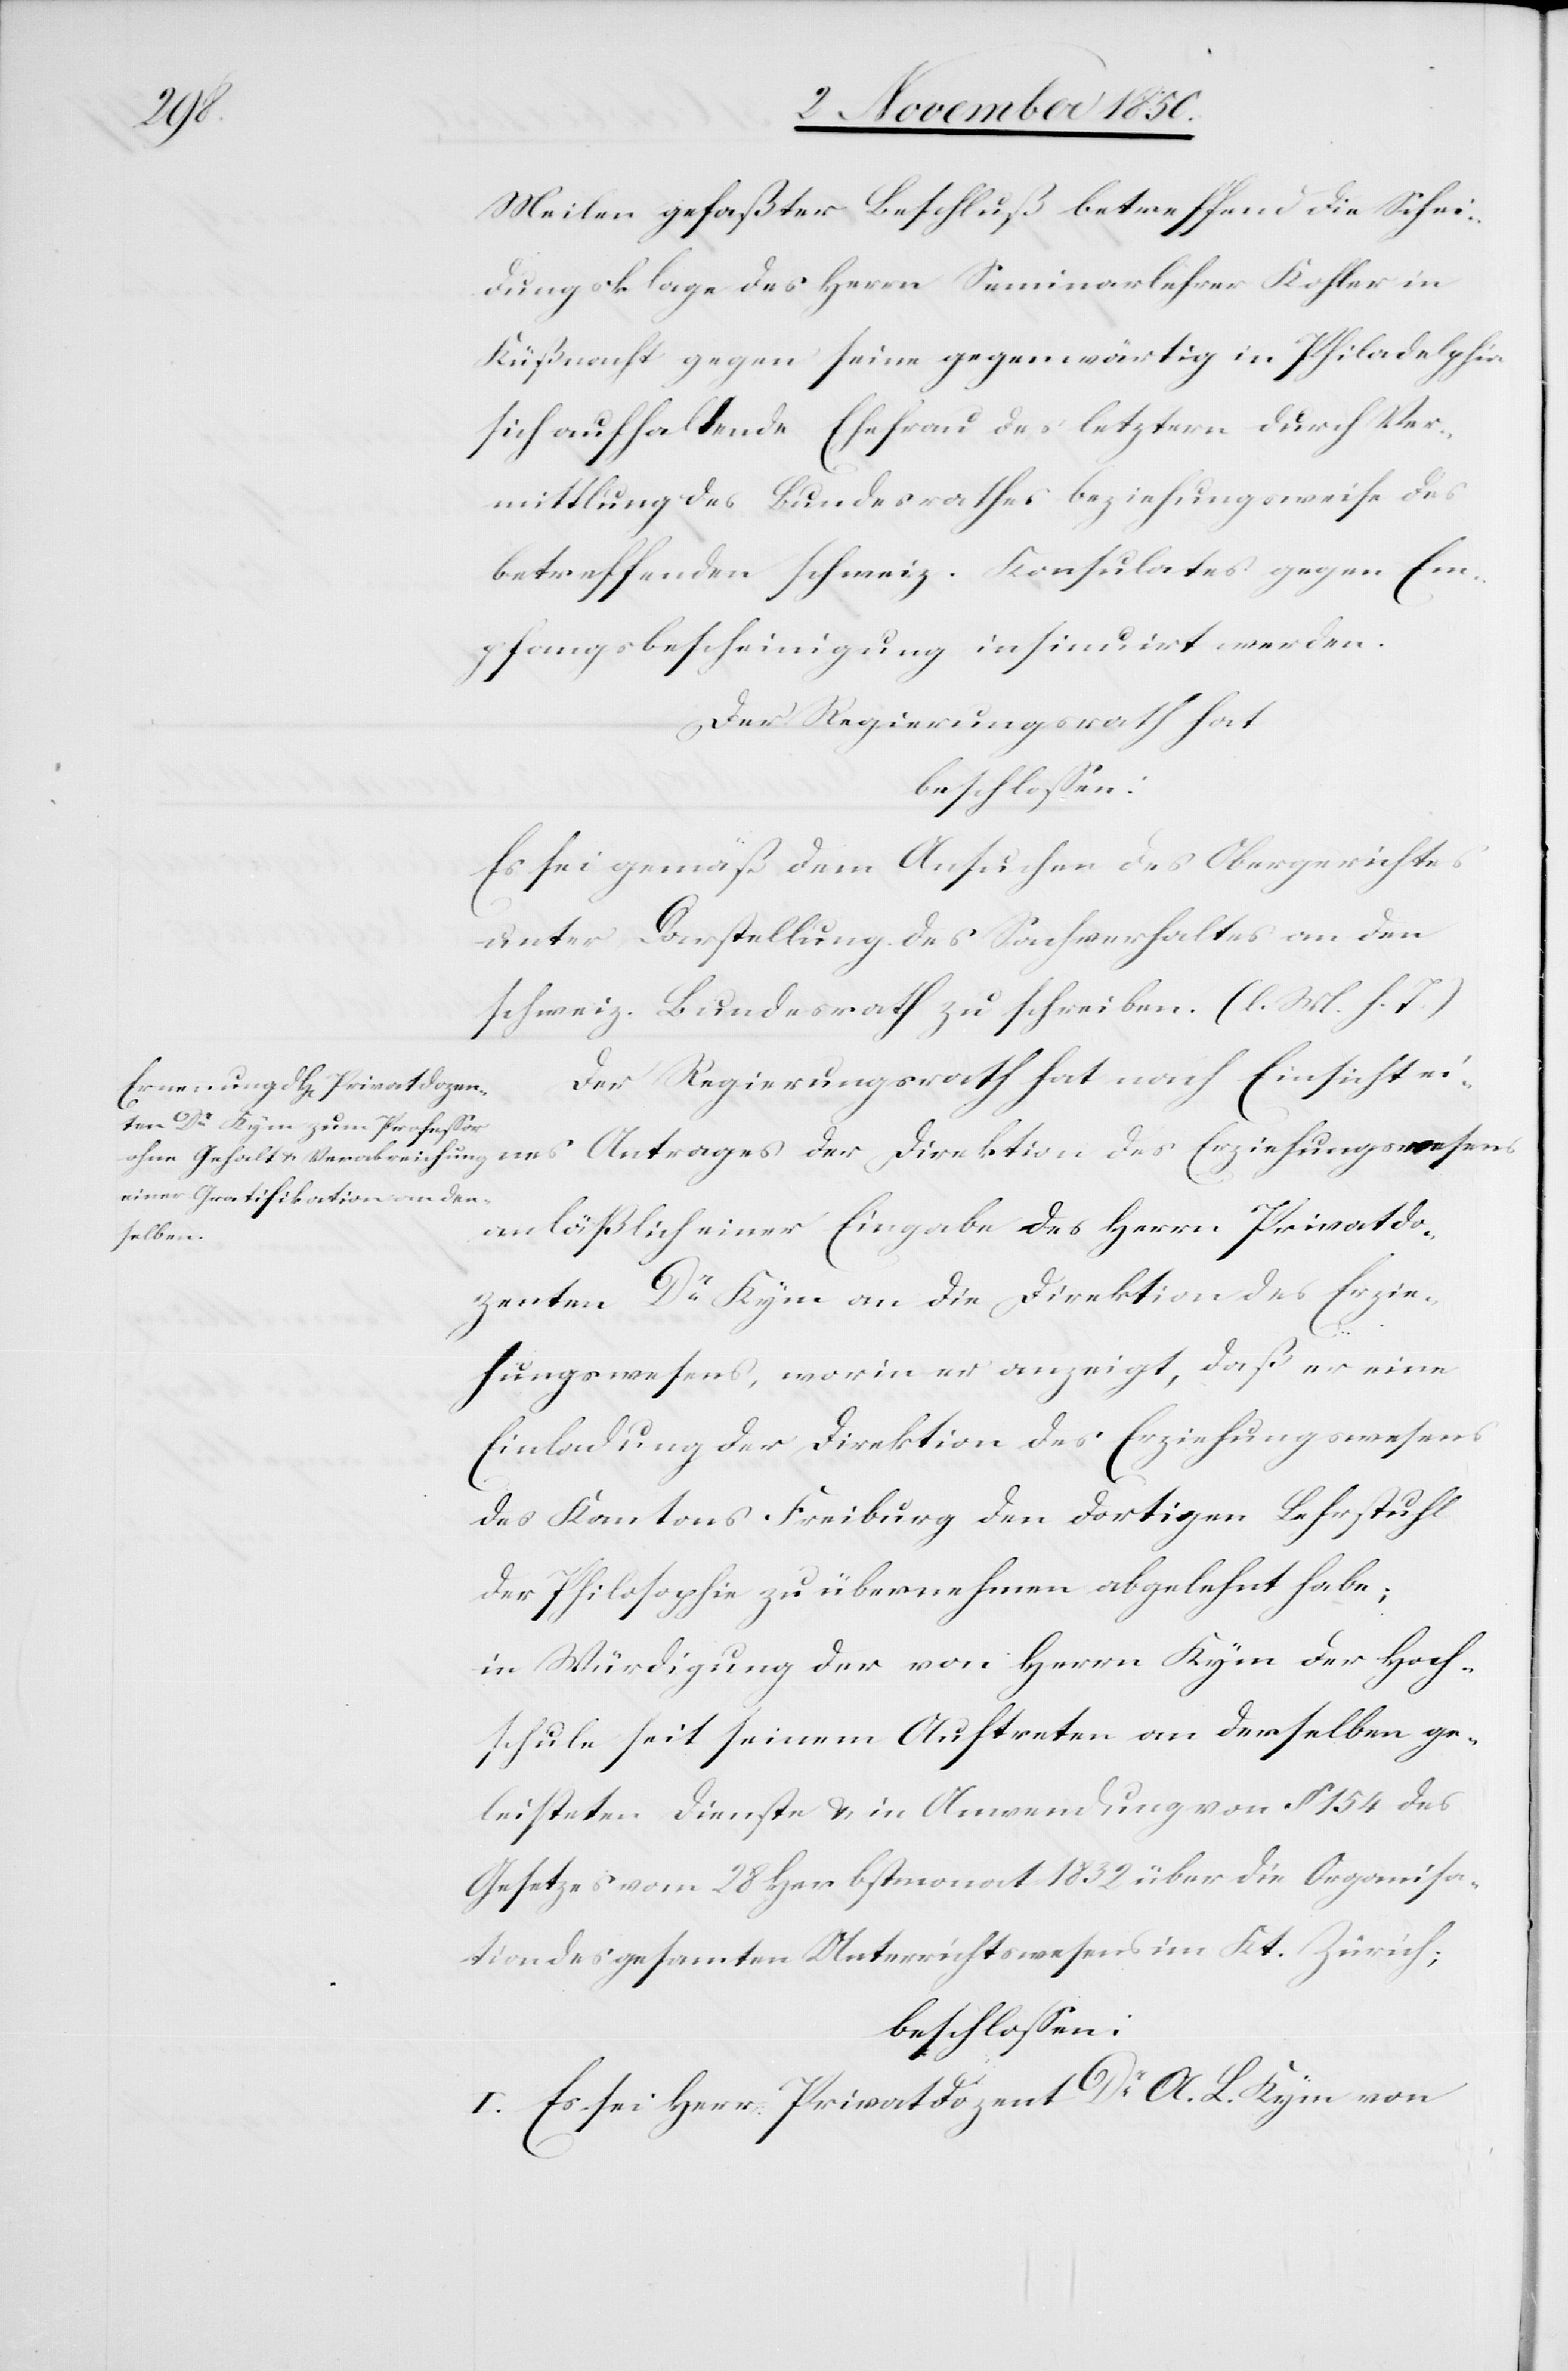
der
Meilen gefaßter Beschluß betreffend die Schei¬
dungsklage des Herrn Seminarlehrer Kohler in
Küßnacht gegen seine gegenwärtig in Philadelphia
sich aufhaltende Ehefrau des letztern durch Ver¬
mittlung des Bundesrathes beziehungsweise des
betreffenden schweiz. Konsulates gegen Em¬
pfangsbescheinigung insinuirt werden.
Der Regierungsrath hat
beschlossen:
Es sei gemäß dem Ansuchen des Obergerichtes
unter Darstellung des Sachverhaltes an den
schweiz. Bundesrath zu schreiben. (l. M. h. T.)
Der Regierungsrath hat nach Einsicht ei¬
nes
anläßlich einer Eingabe des Herrn Privatdo¬
zenten Dr Kym an die Direktion des Erzie¬
hungswesens, worin er anzeigt, daß er eine
Einladung der Direktion des Erziehungswesens
des Kantons Freiburg den dortigen Lehrstuhl
der Philosophie zu übernehmen abgelehnt habe;
in Würdigung der von Herrn Kym der Hoch¬
schule seit seinem Auftreten an derselben ge¬
leisteten Dienste u. in Anwendung von § 154 des
Gesetzes vom 28 Herbstmonat 1832 über die Organisa¬
tion des gesamten Unterrichtswesens im Kt. Zürich;
beschlossen:
I. Es sei Herr Privatdozent Dr A. L. Kym von